Vaccine operations Central Provinces 1868-1885 - 1868-1885
Year: 1868
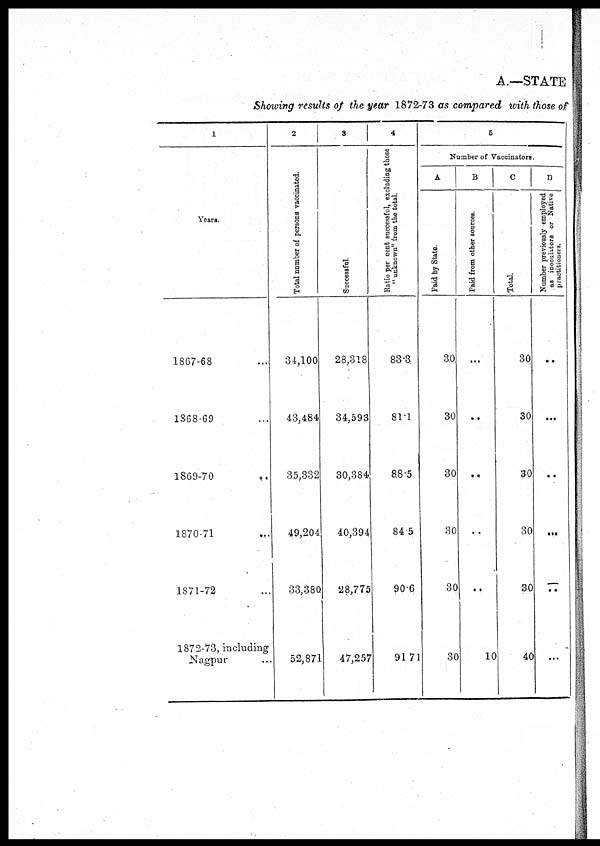
A.—STATE
Showing results of the year 1872-73 as compared with those of
1
Years.
1867-68 ...
1868-69 ...
1869-70
..
1870-71 ...
1871-72 ...
1872-73, including
Nagpur ...
2
Total number of persons vaccinated.
34,100
43,484
35,332
49,204
33,380
52,871
3
Successful.
28,318
34,593
30,384
40,394
28,775
47,257
4
Ratio per cent successful, excluding those
" unknown" from the total.
83.3
81.1
88.5
84.5
90.6
91.71
5
Number of Vaccinators.
A
Paid by State.
30
30
30
30
30
30
B
Paid from other sources.
...
. .
...
...
...
10
C
Total.
30
30
30
30
30
40
D
Number previously employed
as inoculators or Native
practitioners.
...
...
...
...
...
...